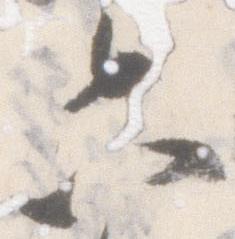
六